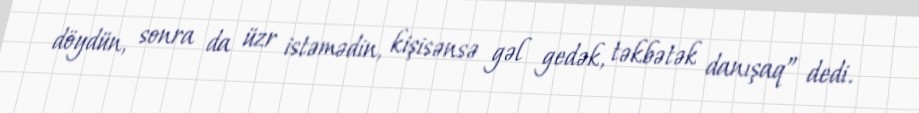
döydün, sonra da üzr istəmədin, kişisənsə gəl gedək, təkbətək danışaq” dedi.